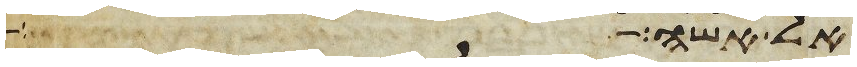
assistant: אל אשה